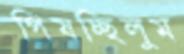
পিষচ্ছিলুম